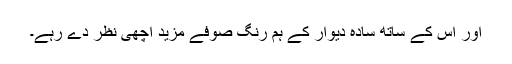
اور اس کے ساتھ سادہ دیوار کے ہم رنگ صوفے مزید اچھی نظر دے رہے۔